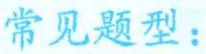
常见题型：